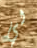
لي